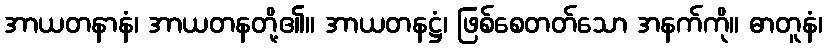
အာယတနာနံ၊ အာယတနတို့၏။ အာယတနဋ္ဌံ၊ ဖြစ်စေတတ်သော အနက်ကို။ ဓာတူနံ၊